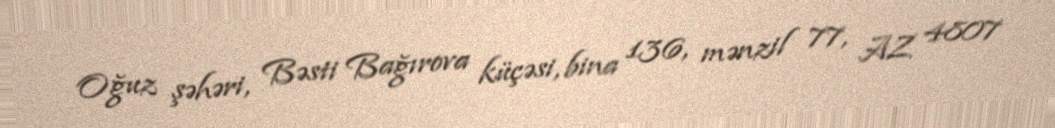
Oğuz şəhəri, Bəsti Bağırova küçəsi, bina 136, mənzil 77, AZ 4807